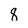
Character: 8